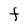
Character: F